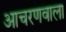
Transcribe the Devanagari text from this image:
आचरणवाला